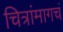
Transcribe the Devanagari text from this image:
चित्रांमागचं